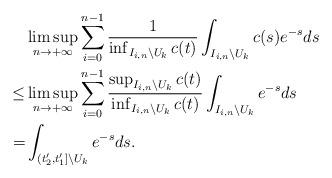
LaTeX: \begin{align*}&\limsup_{n\to+\infty}\sum_{i=0}^{n-1}\frac{1}{\inf_{I_{i,n}\backslash U_k}c(t)}\int_{I_{i,n}\backslash U_k}c(s)e^{-s}ds \\\le&\limsup_{n\to+\infty}\sum_{i=0}^{n-1}\frac{\sup_{I_{i,n}\backslash U_k}c(t)}{\inf_{I_{i,n}\backslash U_k}c(t)}\int_{I_{i,n}\backslash U_k}e^{-s}ds\\=&\int_{(t'_2,t'_1]\backslash U_k}e^{-s}ds.\end{align*}